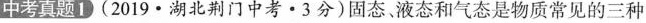
中考真题1(2019·湖北荆门中考·3分)固态液态和气态是物质常见的三种